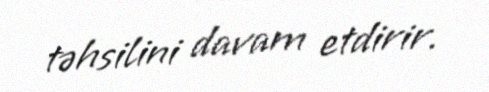
təhsilini davam etdirir.